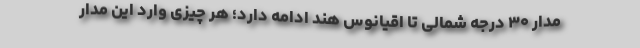
مدار ۳۰ درجه شمالی تا اقیانوس هند ادامه دارد؛ هر چیزی وارد این مدار